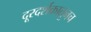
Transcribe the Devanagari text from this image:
दूरदर्शकातूनच